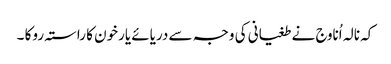
کہ نالہ اُناوج نے طغیانی کی وجہ سے دریائے یارخون کا راستہ روکا ۔